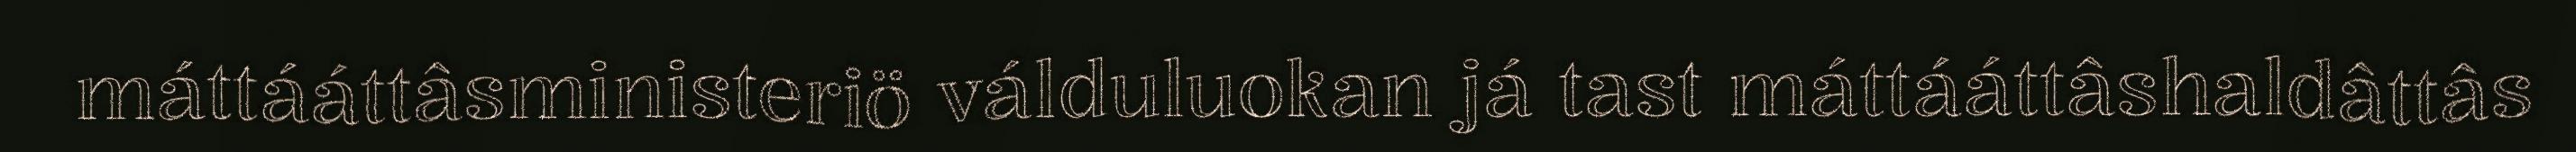
máttááttâsministeriö válduluokan já tast máttááttâshaldâttâs